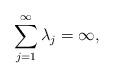
LaTeX: \begin{align*}\sum_{j=1}^{\infty }\lambda _{j}=\infty , \end{align*}